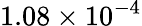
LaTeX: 1.08\times 10^{-4}